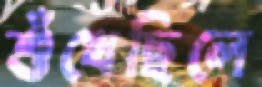
শুঁখেছিলে